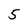
Character: 5